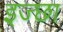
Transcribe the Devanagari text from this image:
इज्छा